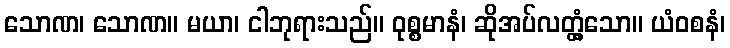
သောဏ၊ သောဏ။ မယာ၊ ငါဘုရားသည်။ ဝုစ္စမာနံ၊ ဆိုအပ်လတ္တံ့သော။ ယံဝစနံ၊